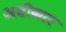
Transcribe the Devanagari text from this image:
अधीकार